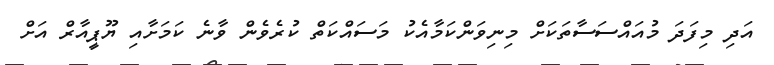
އަދި މިފަދަ މުއައްސަސާތަކަށް މިނިވަންކަމާއެކު މަސައްކަތް ކުރެވެން ވާނެ ކަމަށާއި ޔޫޕީއާރް އަށް